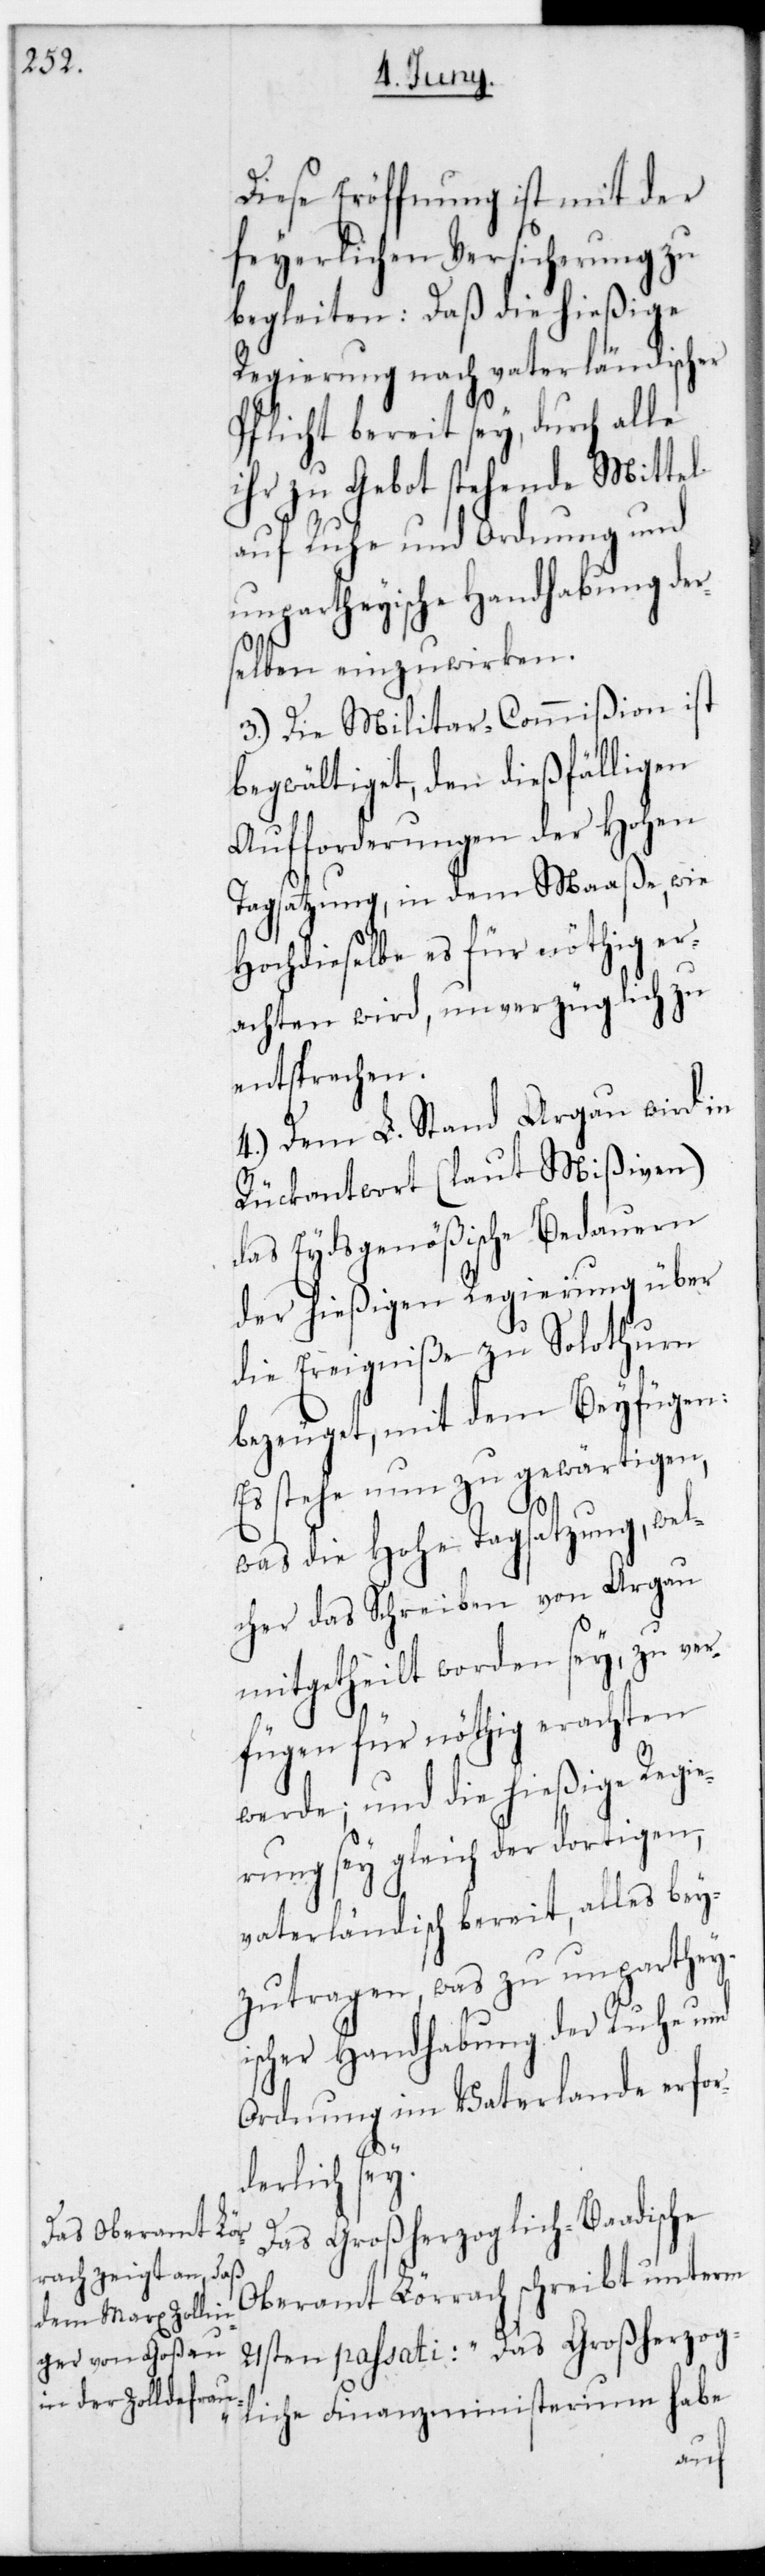
Diese Eröffnung ist mit der
feierlichen Versicherung zu
begleiten: Daß die hießige
Regierung nach vaterländischer
Pflicht bereit sey, durch alle
ihr zu Gebot stehenden Mittel
auf Ruhe und Ordnung und
unPartheyische Handhabung der¬
selben einzuwirken.
3.) Die Militar-Commißion ist
begwältiget, den dießfälligen
Aufforderungen der Hohen
Tagsatzung, in dem Maaße, wie
hochdieselbe es für nöthig er¬
achten wird, unverzüglich zu
entsprechen.
4.) Dem L. Stand Argau wird in
Rückantwort (laut Mißiven)
das Eydsgenößische Bedauern
der hießigen Regierung über
die Ereigniße zu Solothurn
bezeuget, mit dem Beyfügen:
Es stehe nun zu gewärtigen,
was die Hohe Tagsatzung, wel¬
cher das Schreiben von Argau
mitgetheilt worden sey, zu ver¬
fügen für nöthig erachten
werde; und die hießige Regie¬
rung sey gleich der dortigen,
vaterländisch bereit, alles bey¬
zutragen, was zu unpartheyi¬
scher Handhabung der Ruhe und
Ordnung im Vaterlande erfor¬
derlich sey.
Das Großherzoglich-Baadische
Oberamt Lörrach schreibt unterm
21sten passati: „Das Großherzog¬
liche Finanzministerium habe